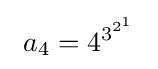
\ a_{4}=4^{3^{2^{1}}}\